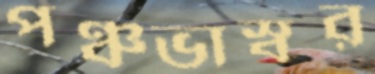
পঞ্চভাস্বর